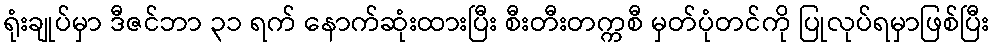
ရုံးချုပ်မှာ ဒီဇင်ဘာ ၃၁ ရက် နောက်ဆုံးထားပြီး စီးတီးတက္ကစီ မှတ်ပုံတင်ကို ပြုလုပ်ရမှာဖြစ်ပြီး